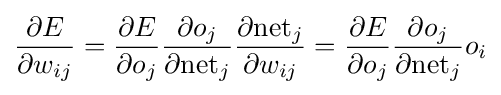
{\frac {\partial E}{\partial w_{ij}}}={\frac {\partial E}{\partial o_{j}}}{\frac {\partial o_{j}}{\partial {\text{net}}_{j}}}{\frac {\partial {\text{net}}_{j}}{\partial w_{ij}}}={\frac {\partial E}{\partial o_{j}}}{\frac {\partial o_{j}}{\partial {\text{net}}_{j}}}o_{i}